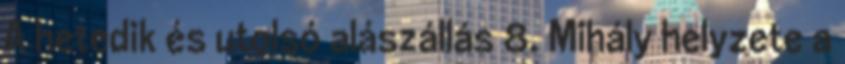
A hetedik és utolsó alászállás 8. Mihály helyzete a